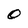
Character: O